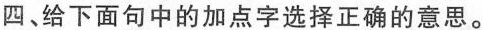
四、给下面句中的加点字选择正确的意思。